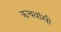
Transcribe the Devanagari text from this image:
कचवांसी